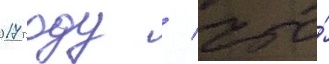
2017 году / что́